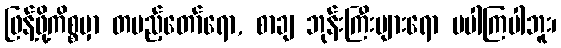
ဖြန့်ဖို့ကိစ္စမှာ တပည့်တော်ရော, စာချ ဘုန်းကြီးများရော မပါကြပါဘူး၊